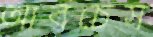
আরচেস